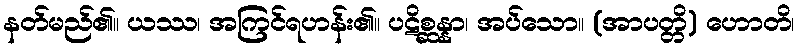
နတ်မည်၏။ ယဿ၊ အကြင်ရဟန်း၏။ ပဋိစ္ဆန္နာ၊ အပ်သော။ (အာပတ္တိ) ဟောတိ၊